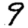
Digit: 9